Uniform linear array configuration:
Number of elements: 4
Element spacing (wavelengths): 0.25
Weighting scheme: binomial
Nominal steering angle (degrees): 45
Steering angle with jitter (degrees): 43.524
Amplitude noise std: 0.05
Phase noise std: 0.05

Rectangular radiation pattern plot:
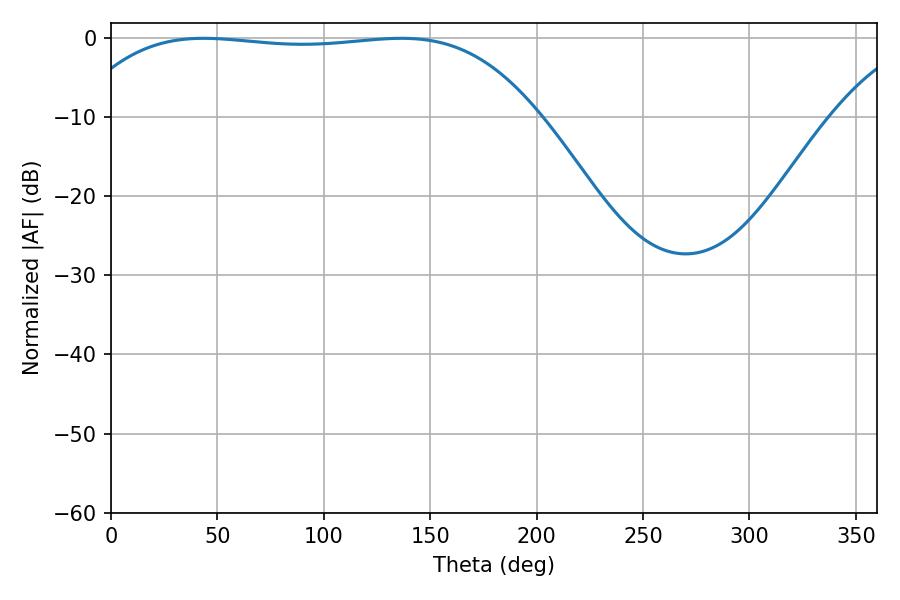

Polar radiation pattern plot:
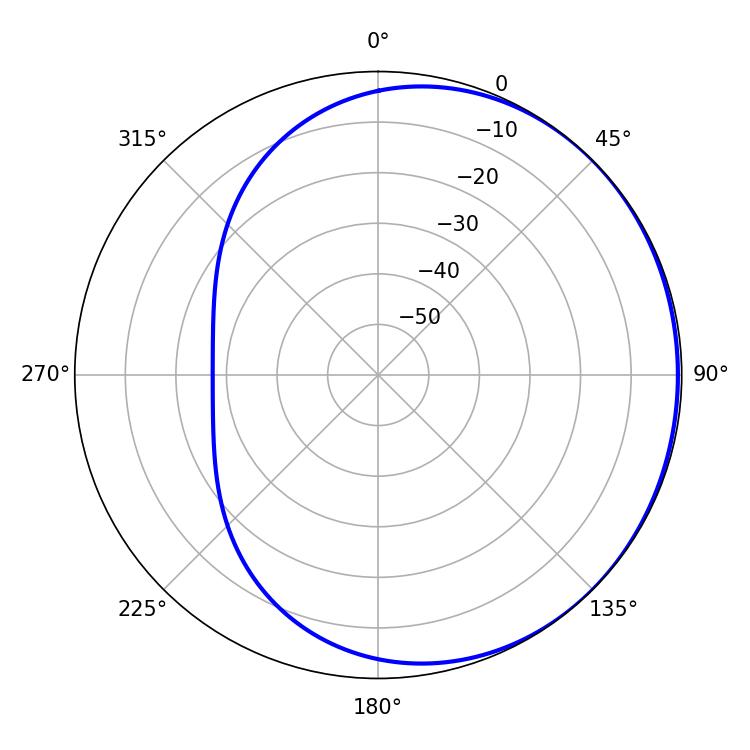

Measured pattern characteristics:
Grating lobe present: FALSE
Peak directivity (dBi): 0.5734
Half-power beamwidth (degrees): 171.36
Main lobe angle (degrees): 43.56